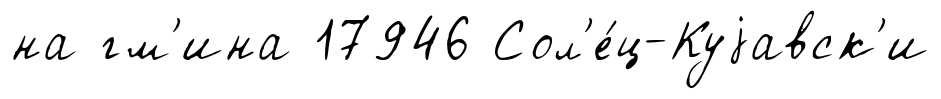
на гм'ина 17946 Сол'е́ц-Куjавск'и